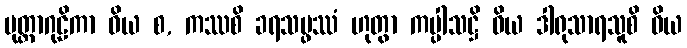
မုတ္တာဂုဠိကာ ဝိယ စ, ကဿစိ ခရသမ္ဖဿံ ဟုတွာ ကပ္ပါသဋ္ဌိ ဝိယ ဒါရုသာရသူစိ ဝိယ